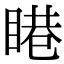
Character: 𥈩